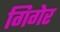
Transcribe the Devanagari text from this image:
गिगेर